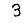
Digit: 3